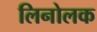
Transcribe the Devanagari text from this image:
लिनोलक